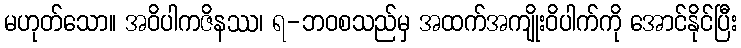
မဟုတ်သော။ အဝိပါကဇိနဿ၊ ရ-ဘဝစသည်မှ အထက်အကျိုးဝိပါက်ကို အောင်နိုင်ပြီး